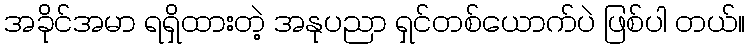
အခိုင်အမာ ရရှိထားတဲ့ အနုပညာ ရှင်တစ်ယောက်ပဲ ဖြစ်ပါ တယ်။